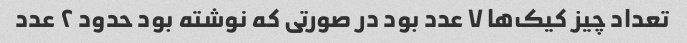
تعداد چیز کیک‌ها ٧ عدد بود در صورتی که نوشته بود حدود ٢ عدد